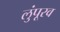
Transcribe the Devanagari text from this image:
लुंपूरव